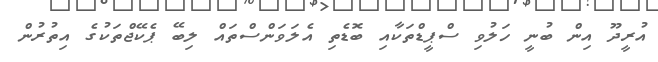
އުރީދޫ އިން ބުނީ ހަލުވި ސްޕީޑްތަކާއި ބޮޑެތި އެލަވަންސްތައް ލިބޭ ޕެކޭޖްތަކުގެ އިތުރުން